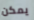
يمكن